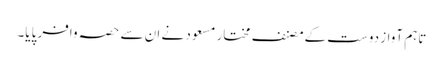
تاہم آواز دوست کےمصنف مختار مسعود نے ان سے حصہ وافر پایا۔